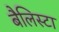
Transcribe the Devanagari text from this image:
बैलिस्टा